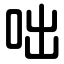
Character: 咄